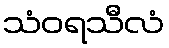
သံဝရသီလံ